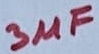
Text: 3µF